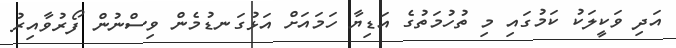
އަދި ވަކީލަކު ކަމުގައި މި ތުހުމަތުގެ އަޑިޔާ ހަމައަށް އަޅުގަނޑުމެން ވިސްނުން ފޯރުވާއިރު